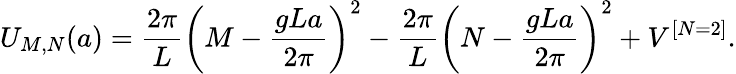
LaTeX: U_{M,N}(a)={\frac{2\pi}{L}}\left(M-{\frac{gLa}{2\pi}}\right)^{2}-{\frac{2\pi}{L}}\left(N-{\frac{gLa}{2\pi}}\right)^{2}+V^{[N=2]}.